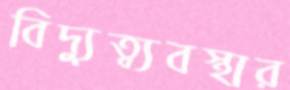
বিদ্যুত্ব্যবস্থার